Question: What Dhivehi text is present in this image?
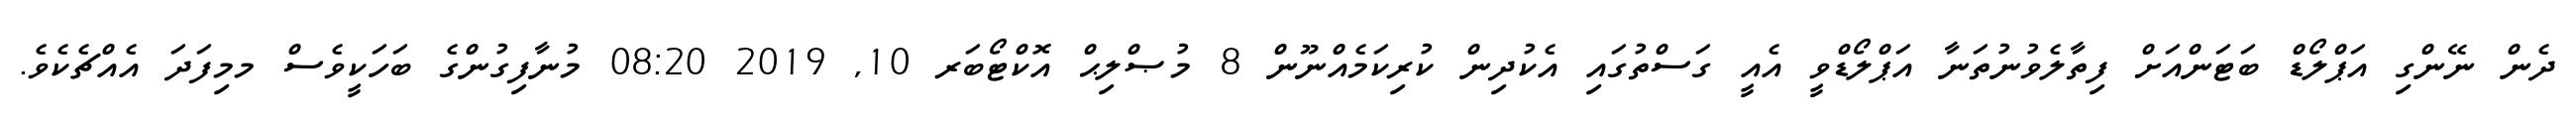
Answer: ދެން ނޭންގި އަޕްލޯޑް ބަޓަންއަށް ފިތާލެވުނުތަނާ އަޕްލޯޑްވީ އެއީ ގަސްތުގައި އެކުދިން ކުރިކަމެއްނޫން 8 މުޞްލިޙް އޮކްޓޯބަރ 10, 2019 08:20 މުނާފިގުންގެ ބަހަކީވެސް މމިފަދަ އެއްޗެކެވެ.